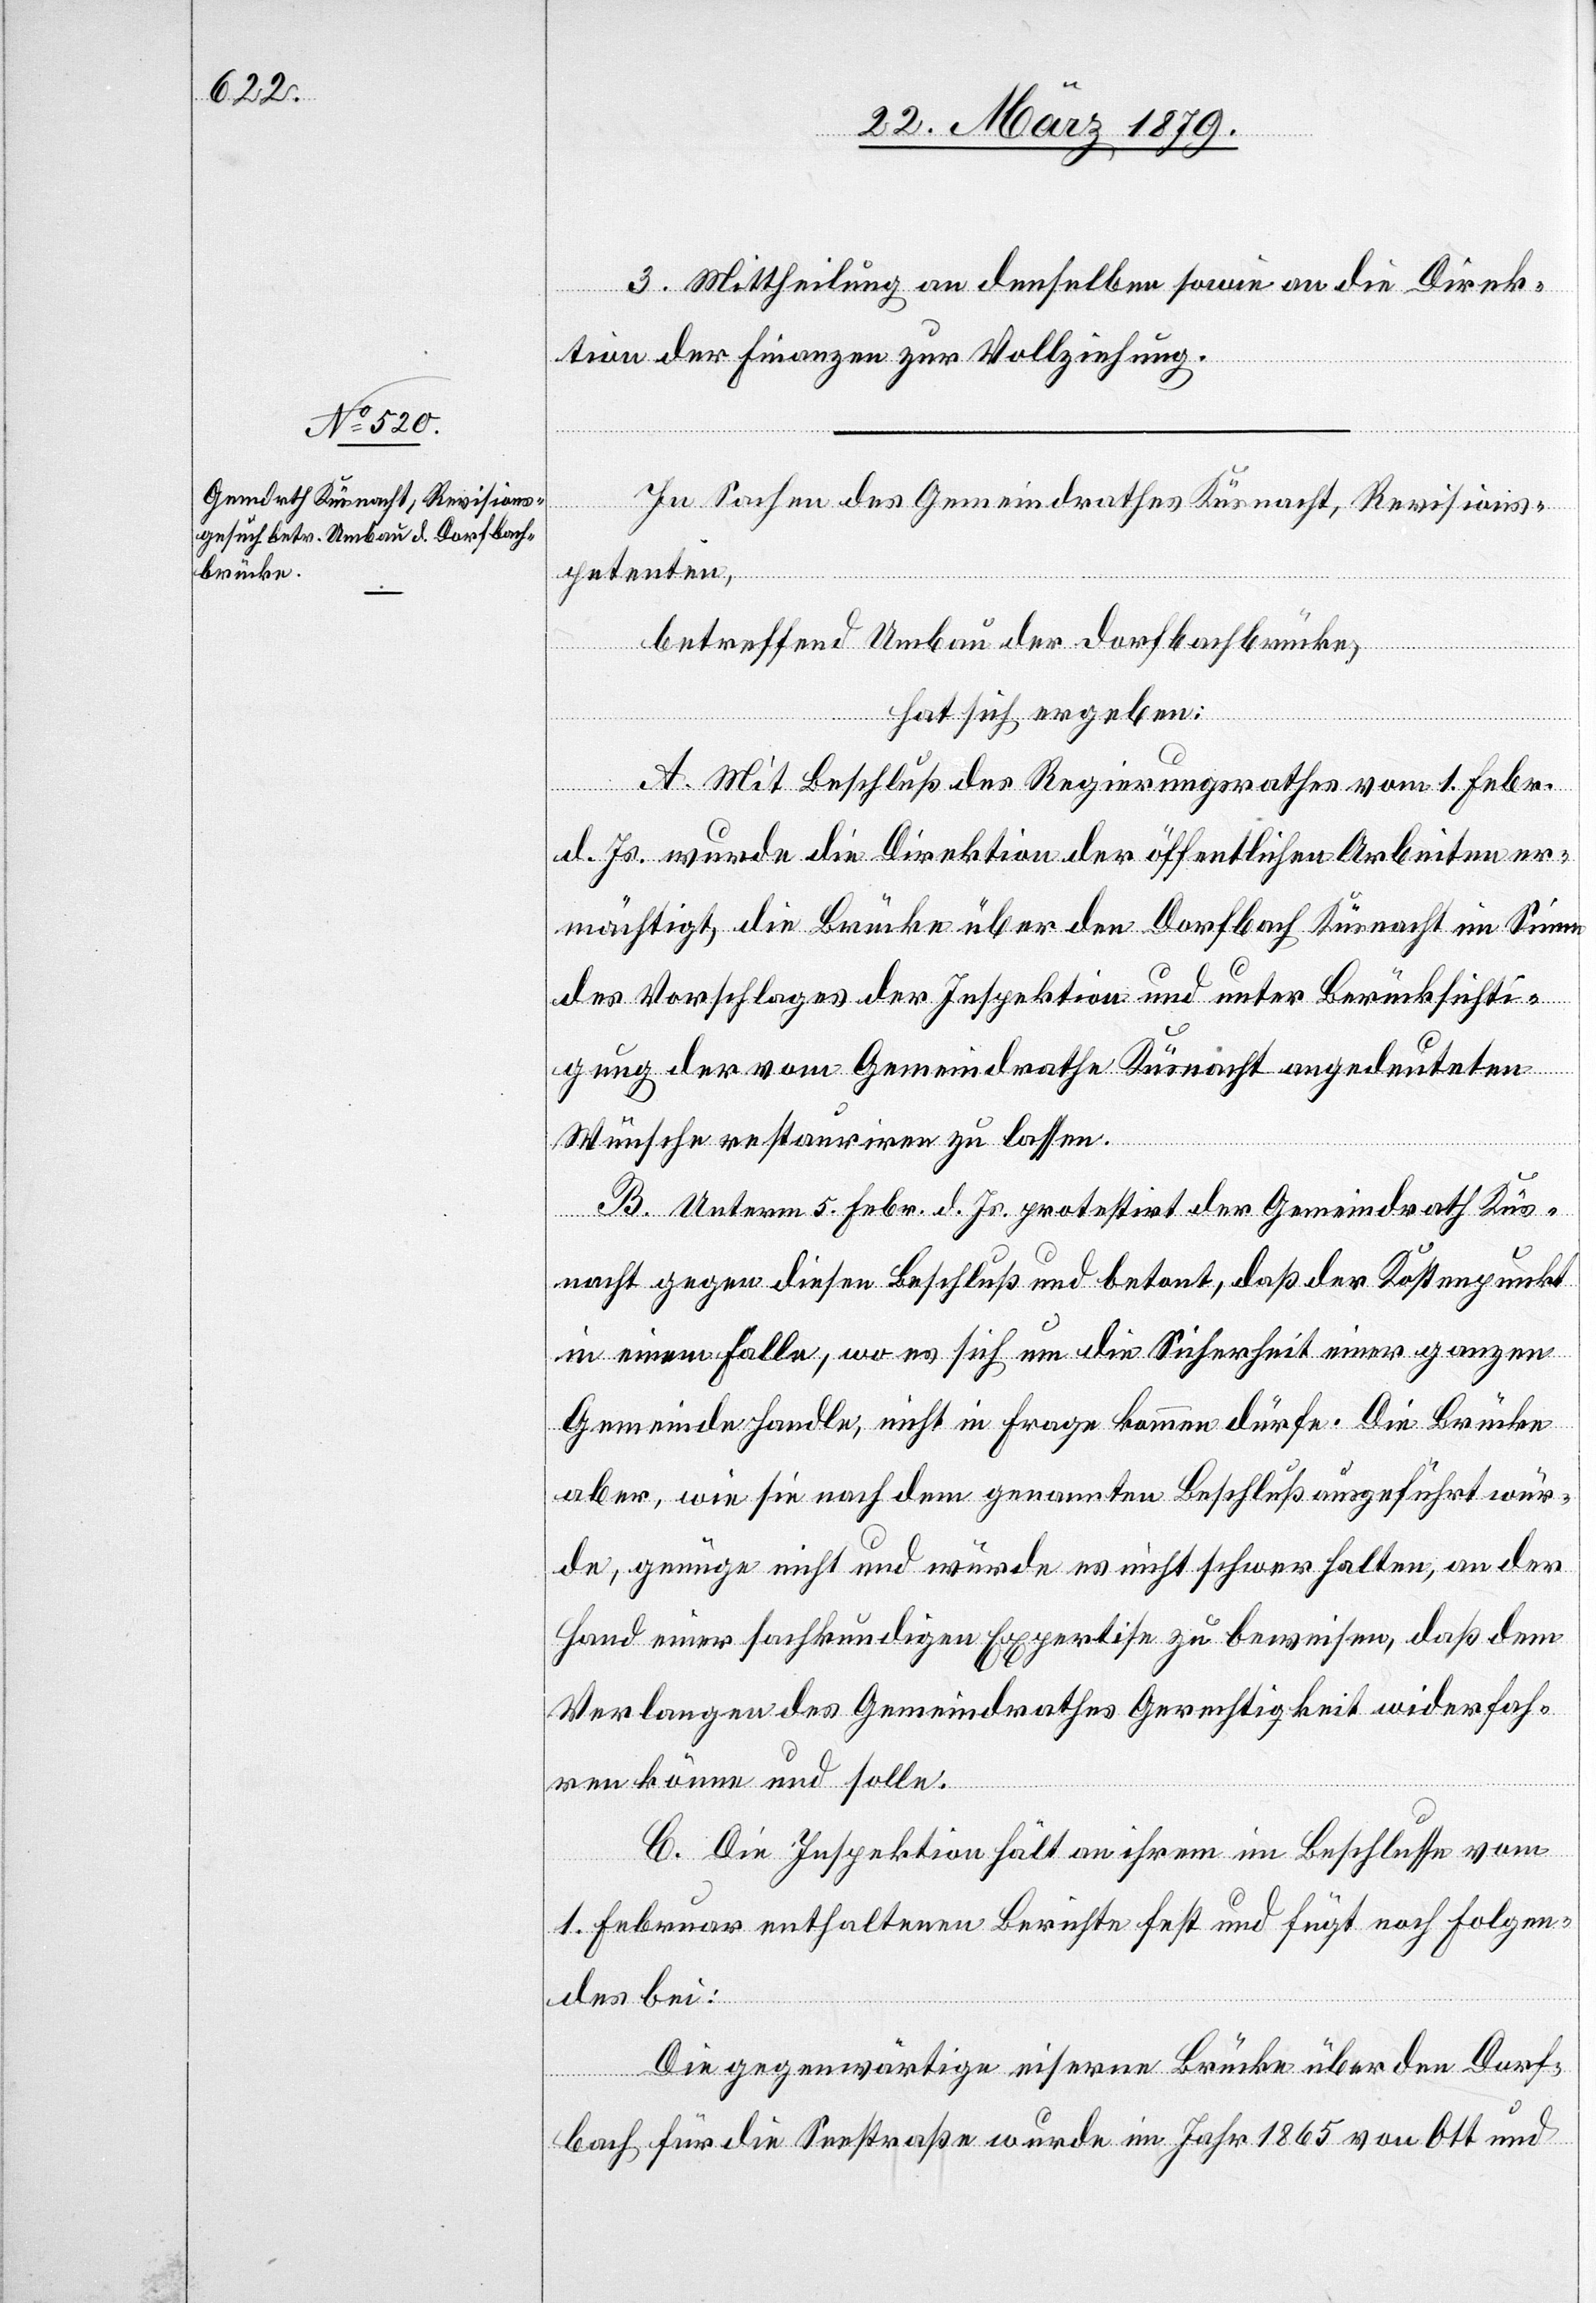
3. Mittheilung an denselben sowie an die Direk¬
tion der Finanzen zur Vollziehung.
In Sachen des Gemeindrathes Küsnacht, Revisions¬
betreffend Umbau der Dorfbachbrücke,
hat sich ergeben:
A. Mit Beschluß des Regierungsrathes vom 1. Febr.
petentin,
d. Js. wurde die Direktion der öffentlichen Arbeiten er¬
mächtigt, die Brücke über den Dorfbach Küsnacht im Sinne
des Vorschlages der Inspektion und unter Berücksichti¬
gung der vom Gemeindrathe Küsnacht angedeuteten
Wünsche restauriren zu lassen.
B. Unterm 5. Febr. d. Js. protestirt der Gemeindrath Küs¬
nacht gegen diesen Beschluß und betont, daß der Kostenpunkt
in einem Falle, wo es sich um die Sicherheit einer ganzen
Gemeinde handle, nicht in Frage kommen dürfe. Die Brücke
aber, wie sie nach dem genannten Beschluß ausgeführt wür¬
de, genüge nicht und würde es nicht schwer halten, an der
Hand einer sachkundigen Expertise zu beweisen, daß dem
Verlangen des Gemeindrathes Gerechtigkeit widerfah¬
ren könne und solle.
C. Die Inspektion hält an ihrem im Beschlusse vom
1. Februar enthaltenen Berichte fest und fügt noch Folgen¬
des bei:
Die gegenwärtige eiserne Brücke über den Dorf¬
bach für die Seestraße wurde im Jahr 1865 von Ott und